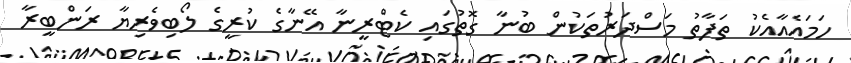
ހަމައެއާއެކު ތަފާތު މަސްދަރުތަކުން ބުނާ ގޮތުގައި ކެޓްރީނާ އޭނާގެ ކުރީގެ ލޯބިވެރިޔާ ރަންބީރާ